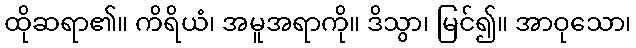
ထိုဆရာ၏။ ကိရိယံ၊ အမူအရာကို။ ဒိသွာ၊ မြင်၍။ အာဝုသော၊